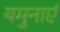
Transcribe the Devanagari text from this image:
यमुनाएं